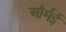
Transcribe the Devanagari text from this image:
और्मई